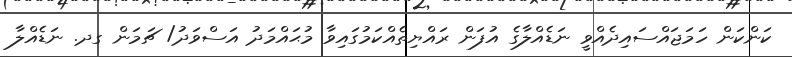
ކަންކަން ހަމަޖައްސައިދެއްވީ ނަޑެއްލާގެ އުފަން ރައްޔިތެއްކަމުގައިވާ މުޙައްމަދު އަސްވަދު/ ޗަމަން ގދ. ނަޑެއްލާ